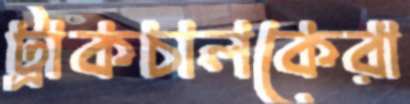
ট্রাকচালকেরা